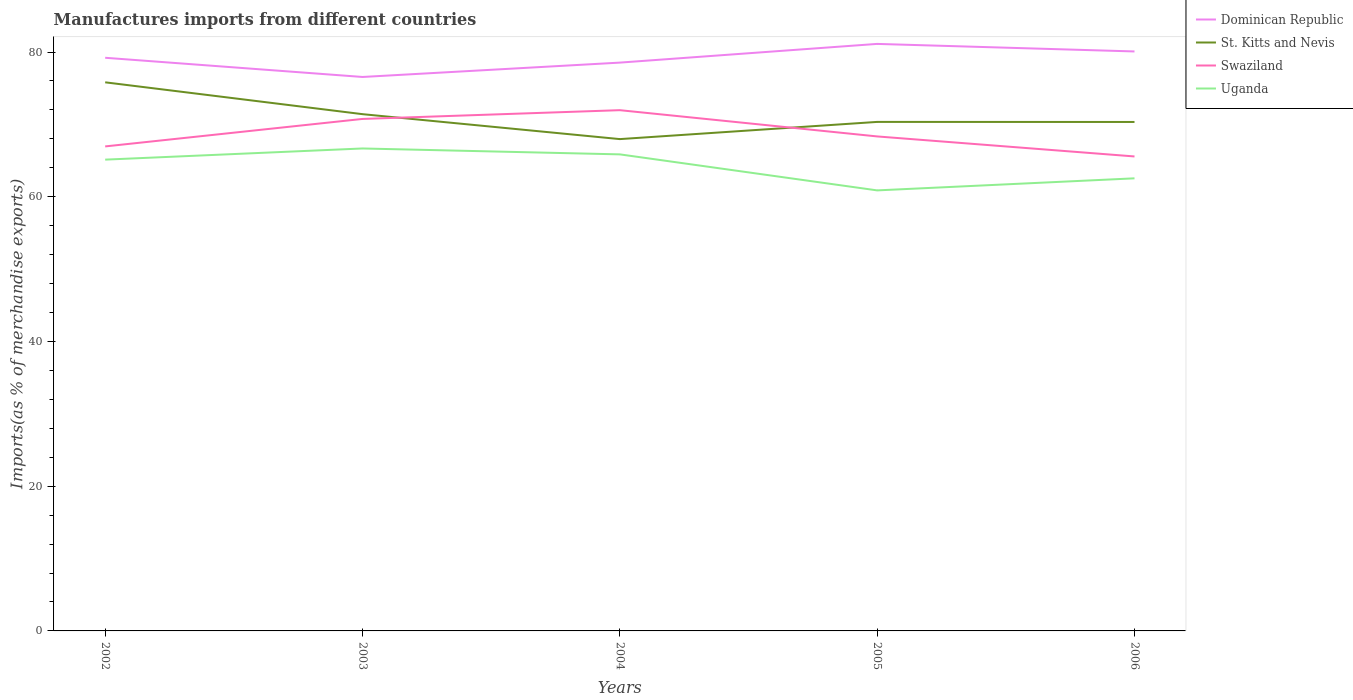
| Years | Dominican Republic | St. Kitts and Nevis | Swaziland | Uganda |
 | --- | --- | --- | --- | --- |
 | 2002 | 79.2 | 75.8 | 67 | 65.1 |
 | 2003 | 76.6 | 71.4 | 70.8 | 66.7 |
 | 2004 | 78.5 | 68 | 72 | 65.9 |
 | 2005 | 81.1 | 70.3 | 68.3 | 60.9 |
 | 2006 | 80.1 | 70.3 | 65.6 | 62.5 |